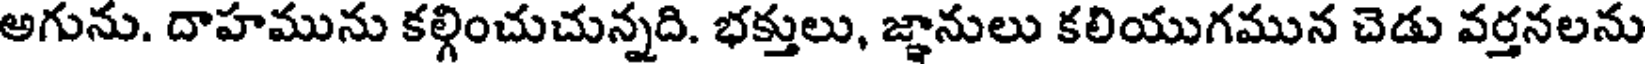
అగును. దాహమును కల్గించుచున్నది. భక్తులు, జ్ఞానులు కలియుగమున చెడు వర్తనలను